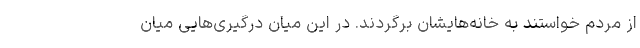
از مردم خواستند به خانه‌هایشان برگردند. در این میان درگیری‌هایی میان